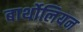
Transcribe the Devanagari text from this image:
बार्थोलियन